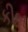
કીબ